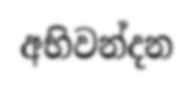
අභිවන්දන